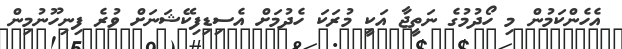
އެހެންކަމުން މި ހޯދުމުގެ ނަތީޖާ އަކީ މުރަކަ ހެދުމަށް އެސިޑިފިކޭޝަނަށް ވުރެ ފިނިހޫނުމިން